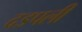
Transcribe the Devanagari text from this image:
दडपली